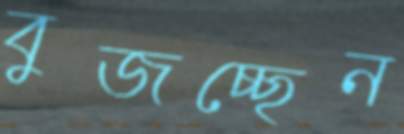
বুজচ্ছেন